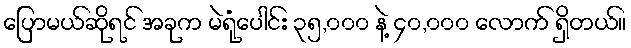
ပြောမယ်ဆိုရင် အခုက မဲရုံပေါင်း ၃၅,၀၀၀ နဲ့ ၄၀,၀၀၀ လောက် ရှိတယ်။